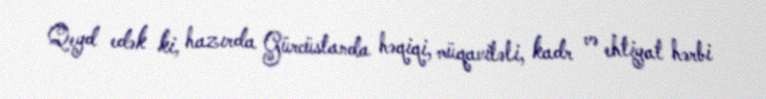
Qeyd edək ki, hazırda Gürcüstanda həqiqi, müqaviləli, kadr və ehtiyat hərbi